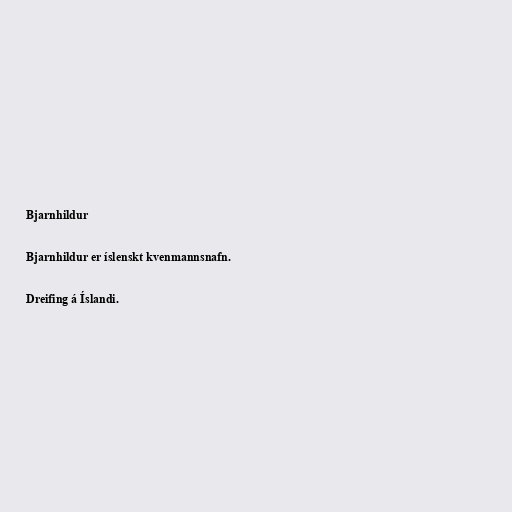
Bjarnhildur

Bjarnhildur er íslenskt kvenmannsnafn.

Dreifing á Íslandi.